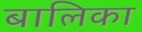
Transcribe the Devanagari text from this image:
बालिका